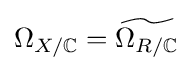
\Omega _{X/\mathbb {C} }={\widetilde {\Omega _{R/\mathbb {C} }}}